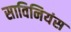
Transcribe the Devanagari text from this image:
साविनियंस